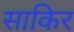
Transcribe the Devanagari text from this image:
साकिर